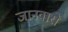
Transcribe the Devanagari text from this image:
जानवारो